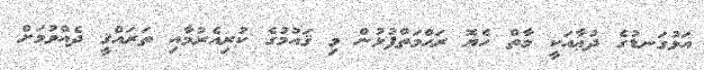
އަޅުގަނޑުގެ ދުޢާއަކީ މާތް ހެޔޮ ރަޙްމަތްފުޅުން މި ޤައުމުގެ ކުރިއެރުމާއި ތަރައްޤީ ދެއްވުމަށް